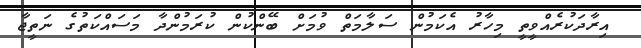
އިރާދަކުރެއްވީތީ މިހާރު އެކަމުން ސަލާމަތް ވުމަށް ބޭންކުން ކުރަމުންދާ މަސައްކަތުގެ ނަތީޖާ